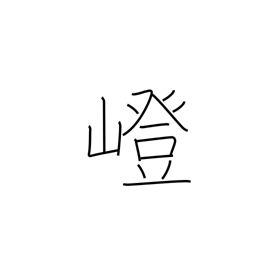
Meaning: uphill path